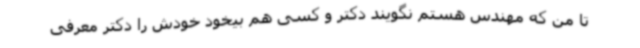
تا من که مهندس هستم نگویند دکتر و کسی هم بیخود خودش را دکتر معرفی